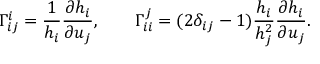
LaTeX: \Gamma _ { i j } ^ { i } = \frac { 1 } { h _ { i } } \frac { \partial h _ { i } } { \partial u _ { j } } , \qquad \Gamma _ { i i } ^ { j } = ( 2 \delta _ { i j } - 1 ) \frac { h _ { i } } { h _ { j } ^ { 2 } } \frac { \partial h _ { i } } { \partial u _ { j } } .